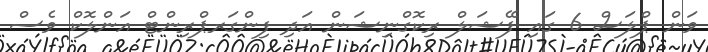
ވަން ޕްލަސް 6 ގައި ފޭޝަލް ރިކޮގްނިޝަން އަދި ފިންގަރޕްރިންޓް އަންލޮކް ވެސް